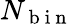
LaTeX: N_{\mathrm{~b~i~n~}}